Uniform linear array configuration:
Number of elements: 48
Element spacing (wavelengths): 0.75
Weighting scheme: hann
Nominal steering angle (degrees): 45
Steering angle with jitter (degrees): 46.086
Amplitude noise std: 0.05
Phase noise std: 0.05

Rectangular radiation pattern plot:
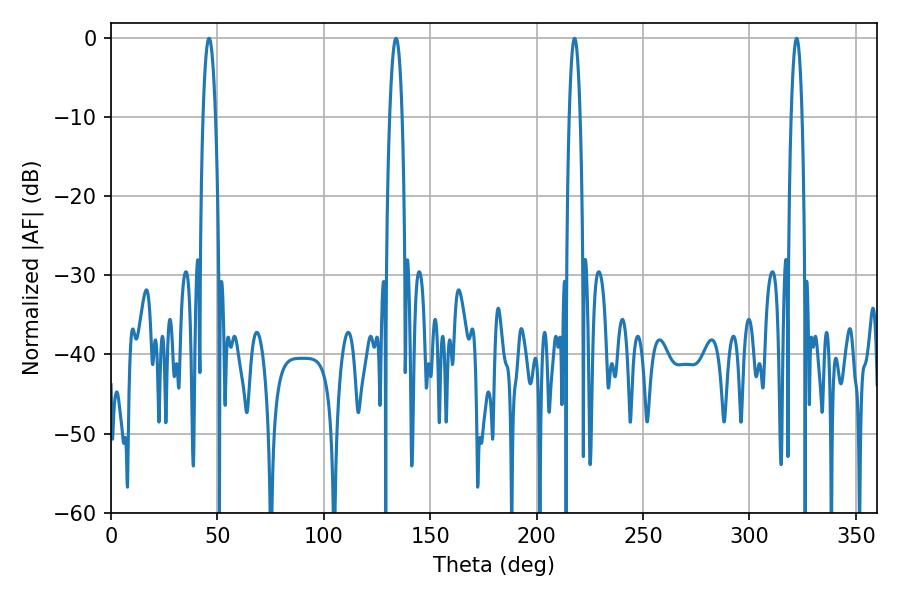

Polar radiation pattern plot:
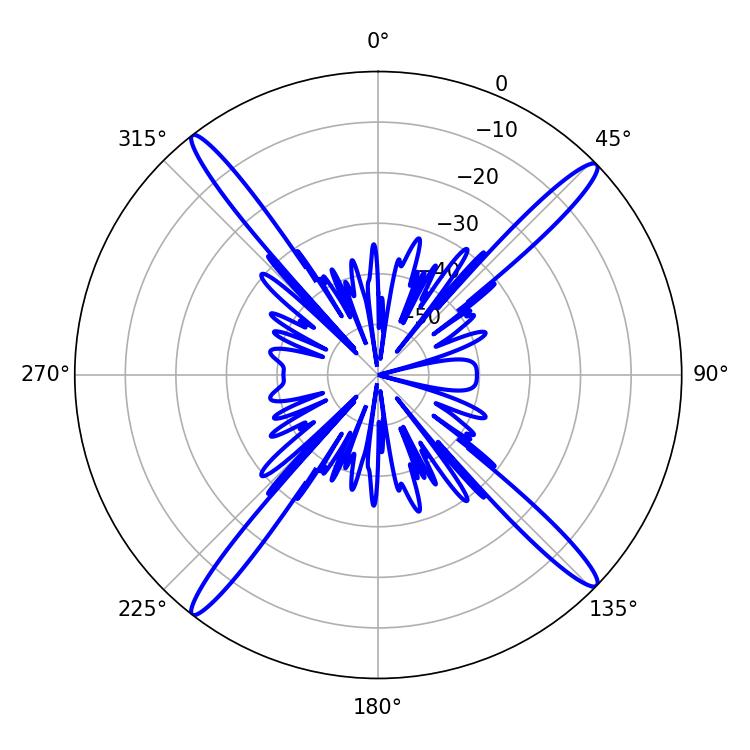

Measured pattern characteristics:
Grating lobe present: TRUE
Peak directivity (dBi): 19.526
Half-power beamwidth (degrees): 3.24
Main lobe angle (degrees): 133.92